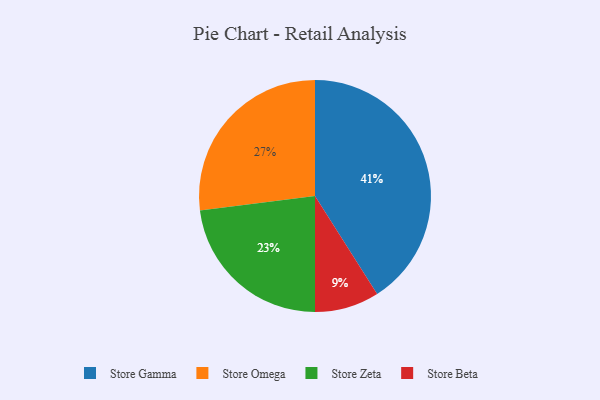
{"axis": {"x": "Category", "y": "Percentage"}, "legend": ["Store Beta", "Store Gamma", "Store Omega", "Store Zeta"], "data": [{"x": "Store Omega", "y": 27, "type": "Store Omega"}, {"x": "Store Gamma", "y": 41, "type": "Store Gamma"}, {"x": "Store Beta", "y": 9, "type": "Store Beta"}, {"x": "Store Zeta", "y": 23, "type": "Store Zeta"}]}